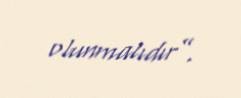
olunmalıdır”.